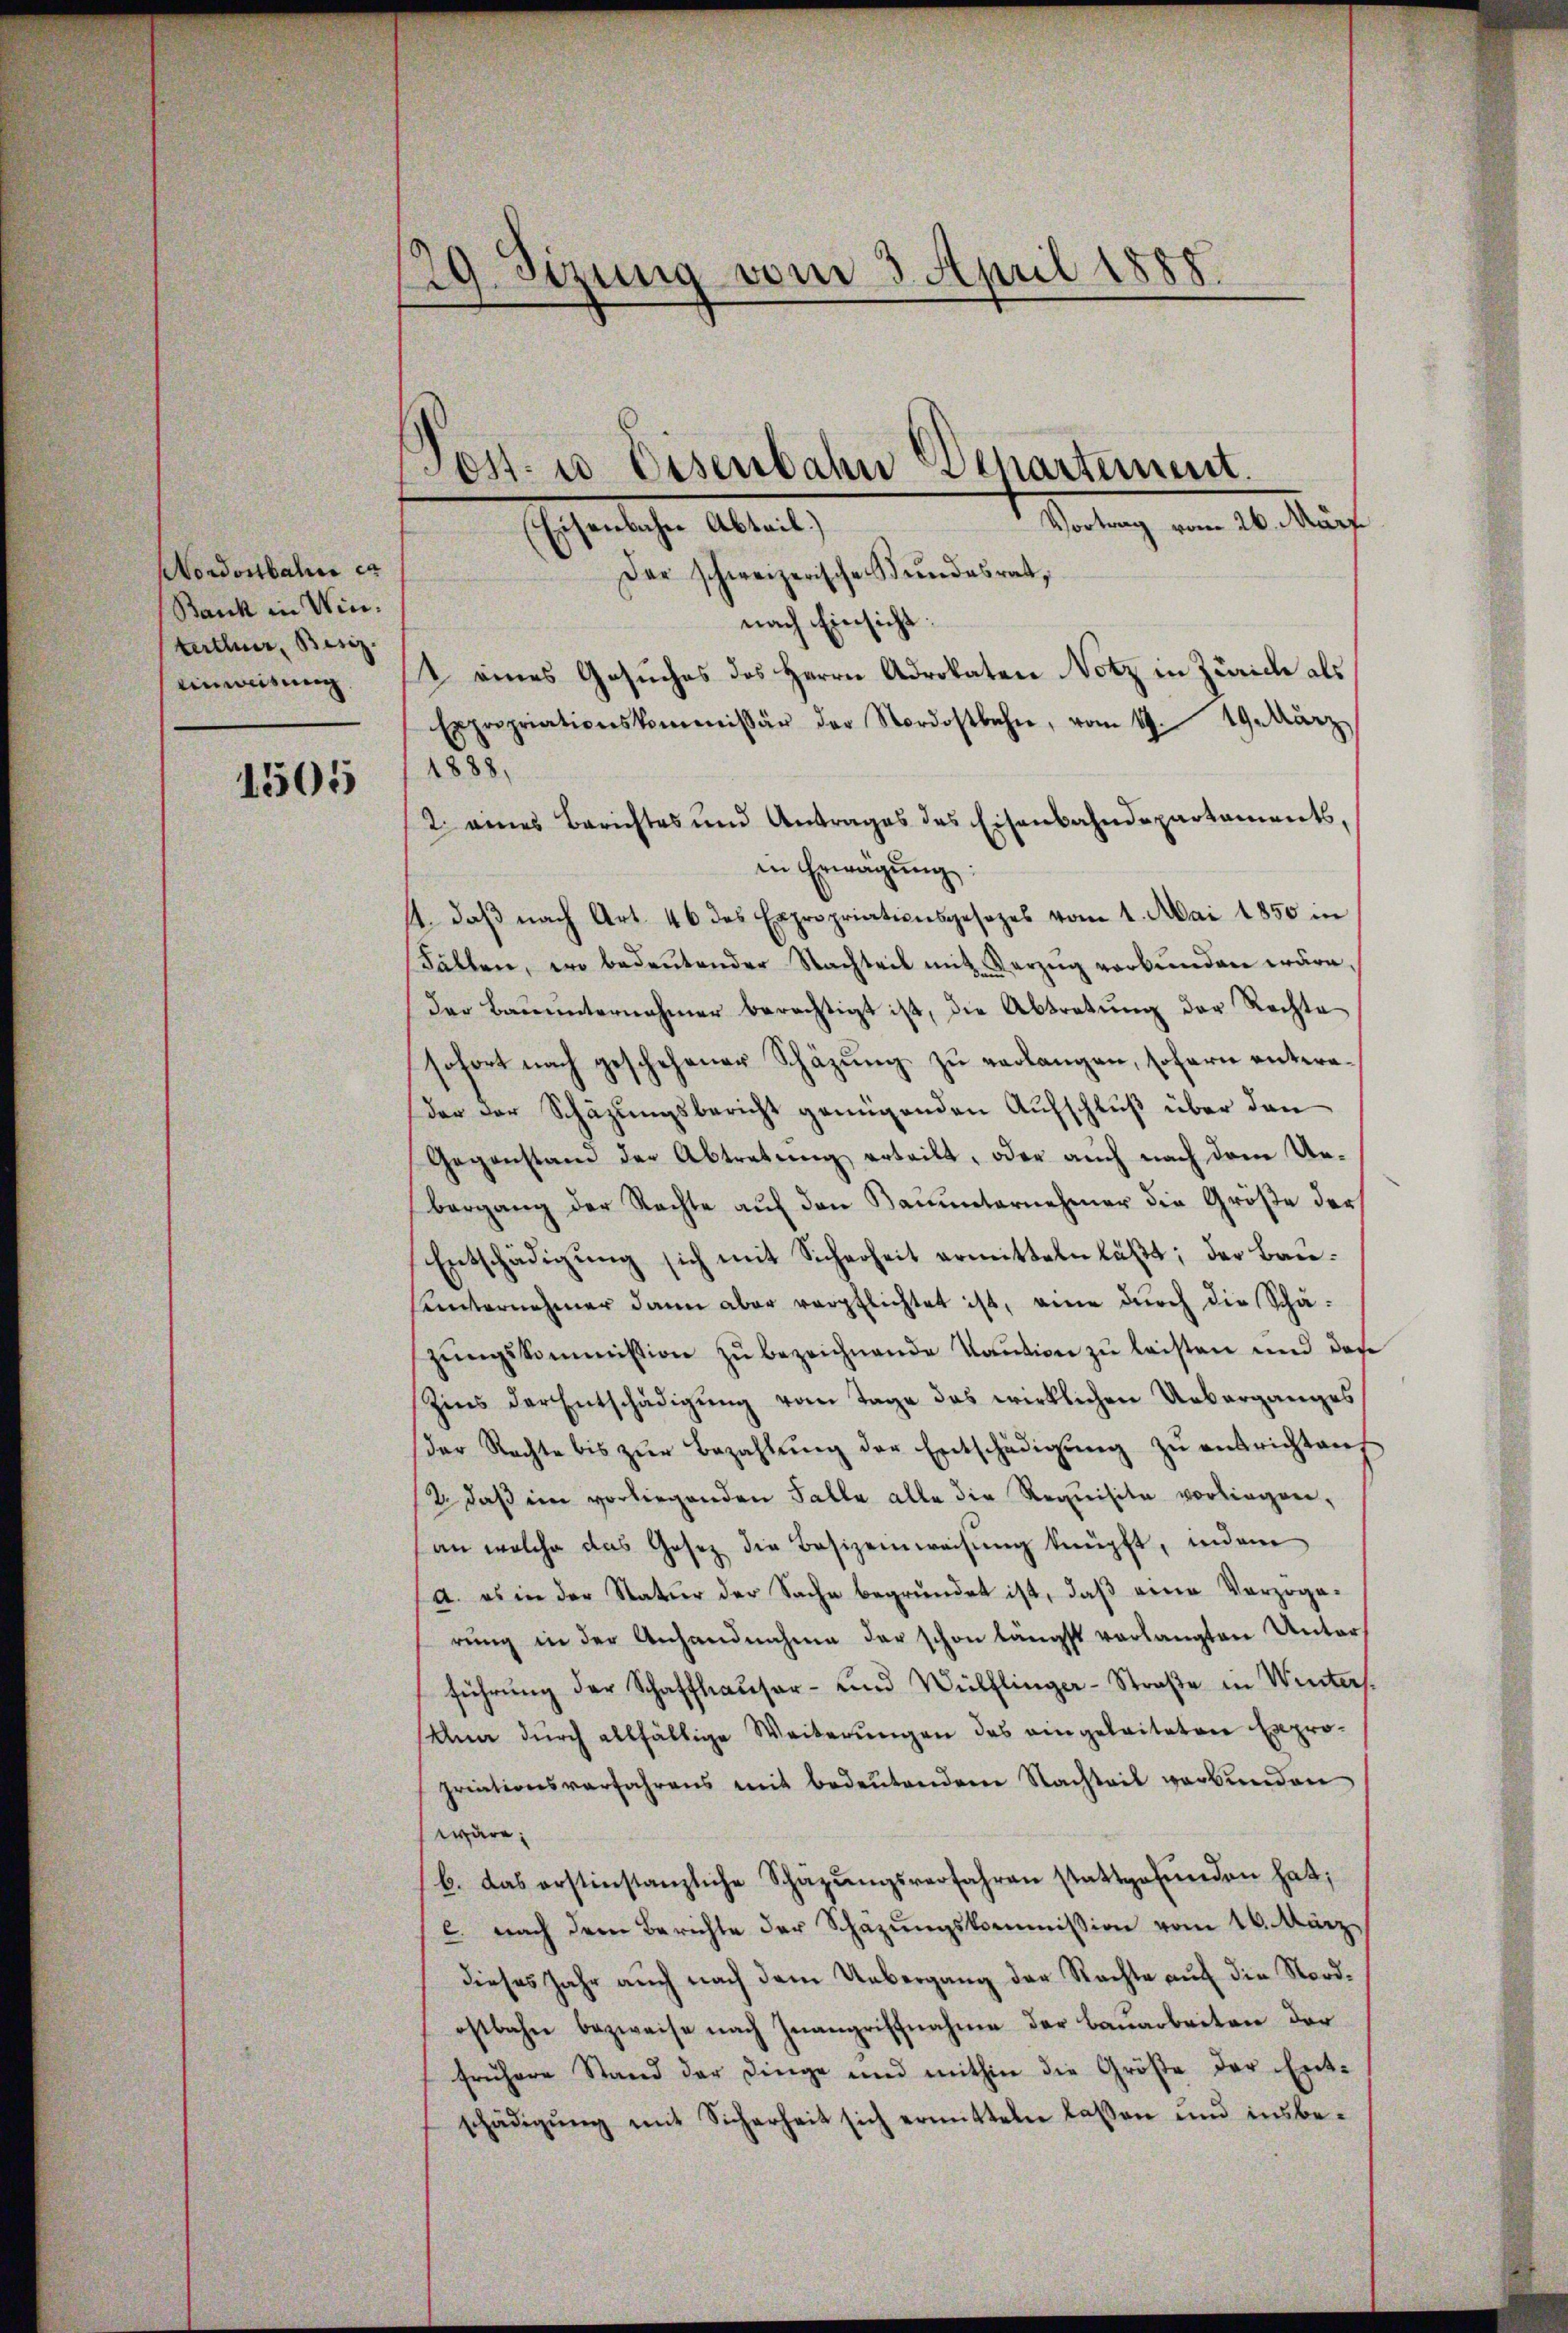
Nordostbahn er
Bank in Winterthur, Besiz
Einweisung.

1505

29. Sizung vom 3. April 1888.

Eisenbahn Abteil)

Post- u Eisenbahn Departement.
Vortrag vom 26. Marz

Der schweizerische Bundesrat,
nach Einsicht:
& eines Gesuches des Herrn Advokaten Notz in Zürich als
Expropriationskommissär der Nordostbahn, vom 19. 19. März
1888.
2. eines Berichtes und Antrages des Eisenbahndepartaments,
in Erwägŭng:
4. daβ nach Art. 46 des Expropriationsgesezes vom 1. Mai 1850 in
Fällen, wo bedeŭtender Nachteil mit Verzŭg verbŭnden wäre,
Der Bauunternahmer berechtigt ist, die Abtretung der Rechte
sofort nach geschehener Schäzung zu verlangen, sofern untereder der Schäzungsbericht genügenden Aufschluß über den
Gegenstand der Abtretung erteilt, oder auch nach dem Urbergang der Rechte auf den Bauunternehmer die Größe der
Entschädigung sich mit Sicherheit ermitteln läßt; der Bauhunternehmer dann aber verpflichtet ist, eine durch die Schäzŭngskommission zu bezeichnende Kaution zu leisten und das
Zins der Entschädigung vom Tage das wirklichen Ueberganges
(der Rechte bis zŭr Bezahlŭng der Entschädigŭng zŭ entrichten.
2. daß im vorliegenden Falle alle die Requisite vorliegen,
an welche das Gesez die Besizeinweisung knüpft, indem
a. es in der Natur der Sache begründet ist, daß eine Verzogerung in der Anhandnahme der schon längst verlangten Unterführung der Schaffhauser- und Wülflinger-Straße in Winters.
Ana durch allfällige Weiterungen des eingeleiteten Expropriationsverfahrens mit bedeŭtenden Nachteil verbunden
wäre;
b. das erstinstanzliche Schäzŭngsverfahren stattgefŭnden hat;
c. nach der Berichte der Schazŭngskommission vom 16. März
dieses Jahr auch nach dem Uebergang der Rechte auf die Nordostbahn bezweife nach Inangriffnahme der Bauarbeiten der
frühere Stand der Dinge und mithin die Größe der Ent-
schädigŭng mit Sicherheit sich ermitteln lassen und insbe-